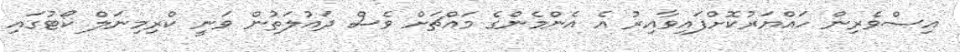
އިސްވެރިން ހައްޔަރުކޮށްފައިވާއިރު އެ އެންމެންގެ މައްޗަށް ވެސް ދައުލަތުން ވަނީ ކްރިމިނަލް ކޯޓުގައި